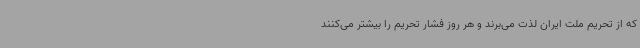
که از تحریم ملت ایران لذت می‌برند و هر روز فشار تحریم را بیشتر می‌کنند